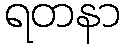
ရတနာ